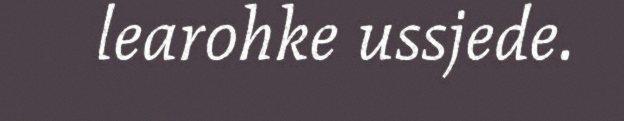
learohke ussjede.